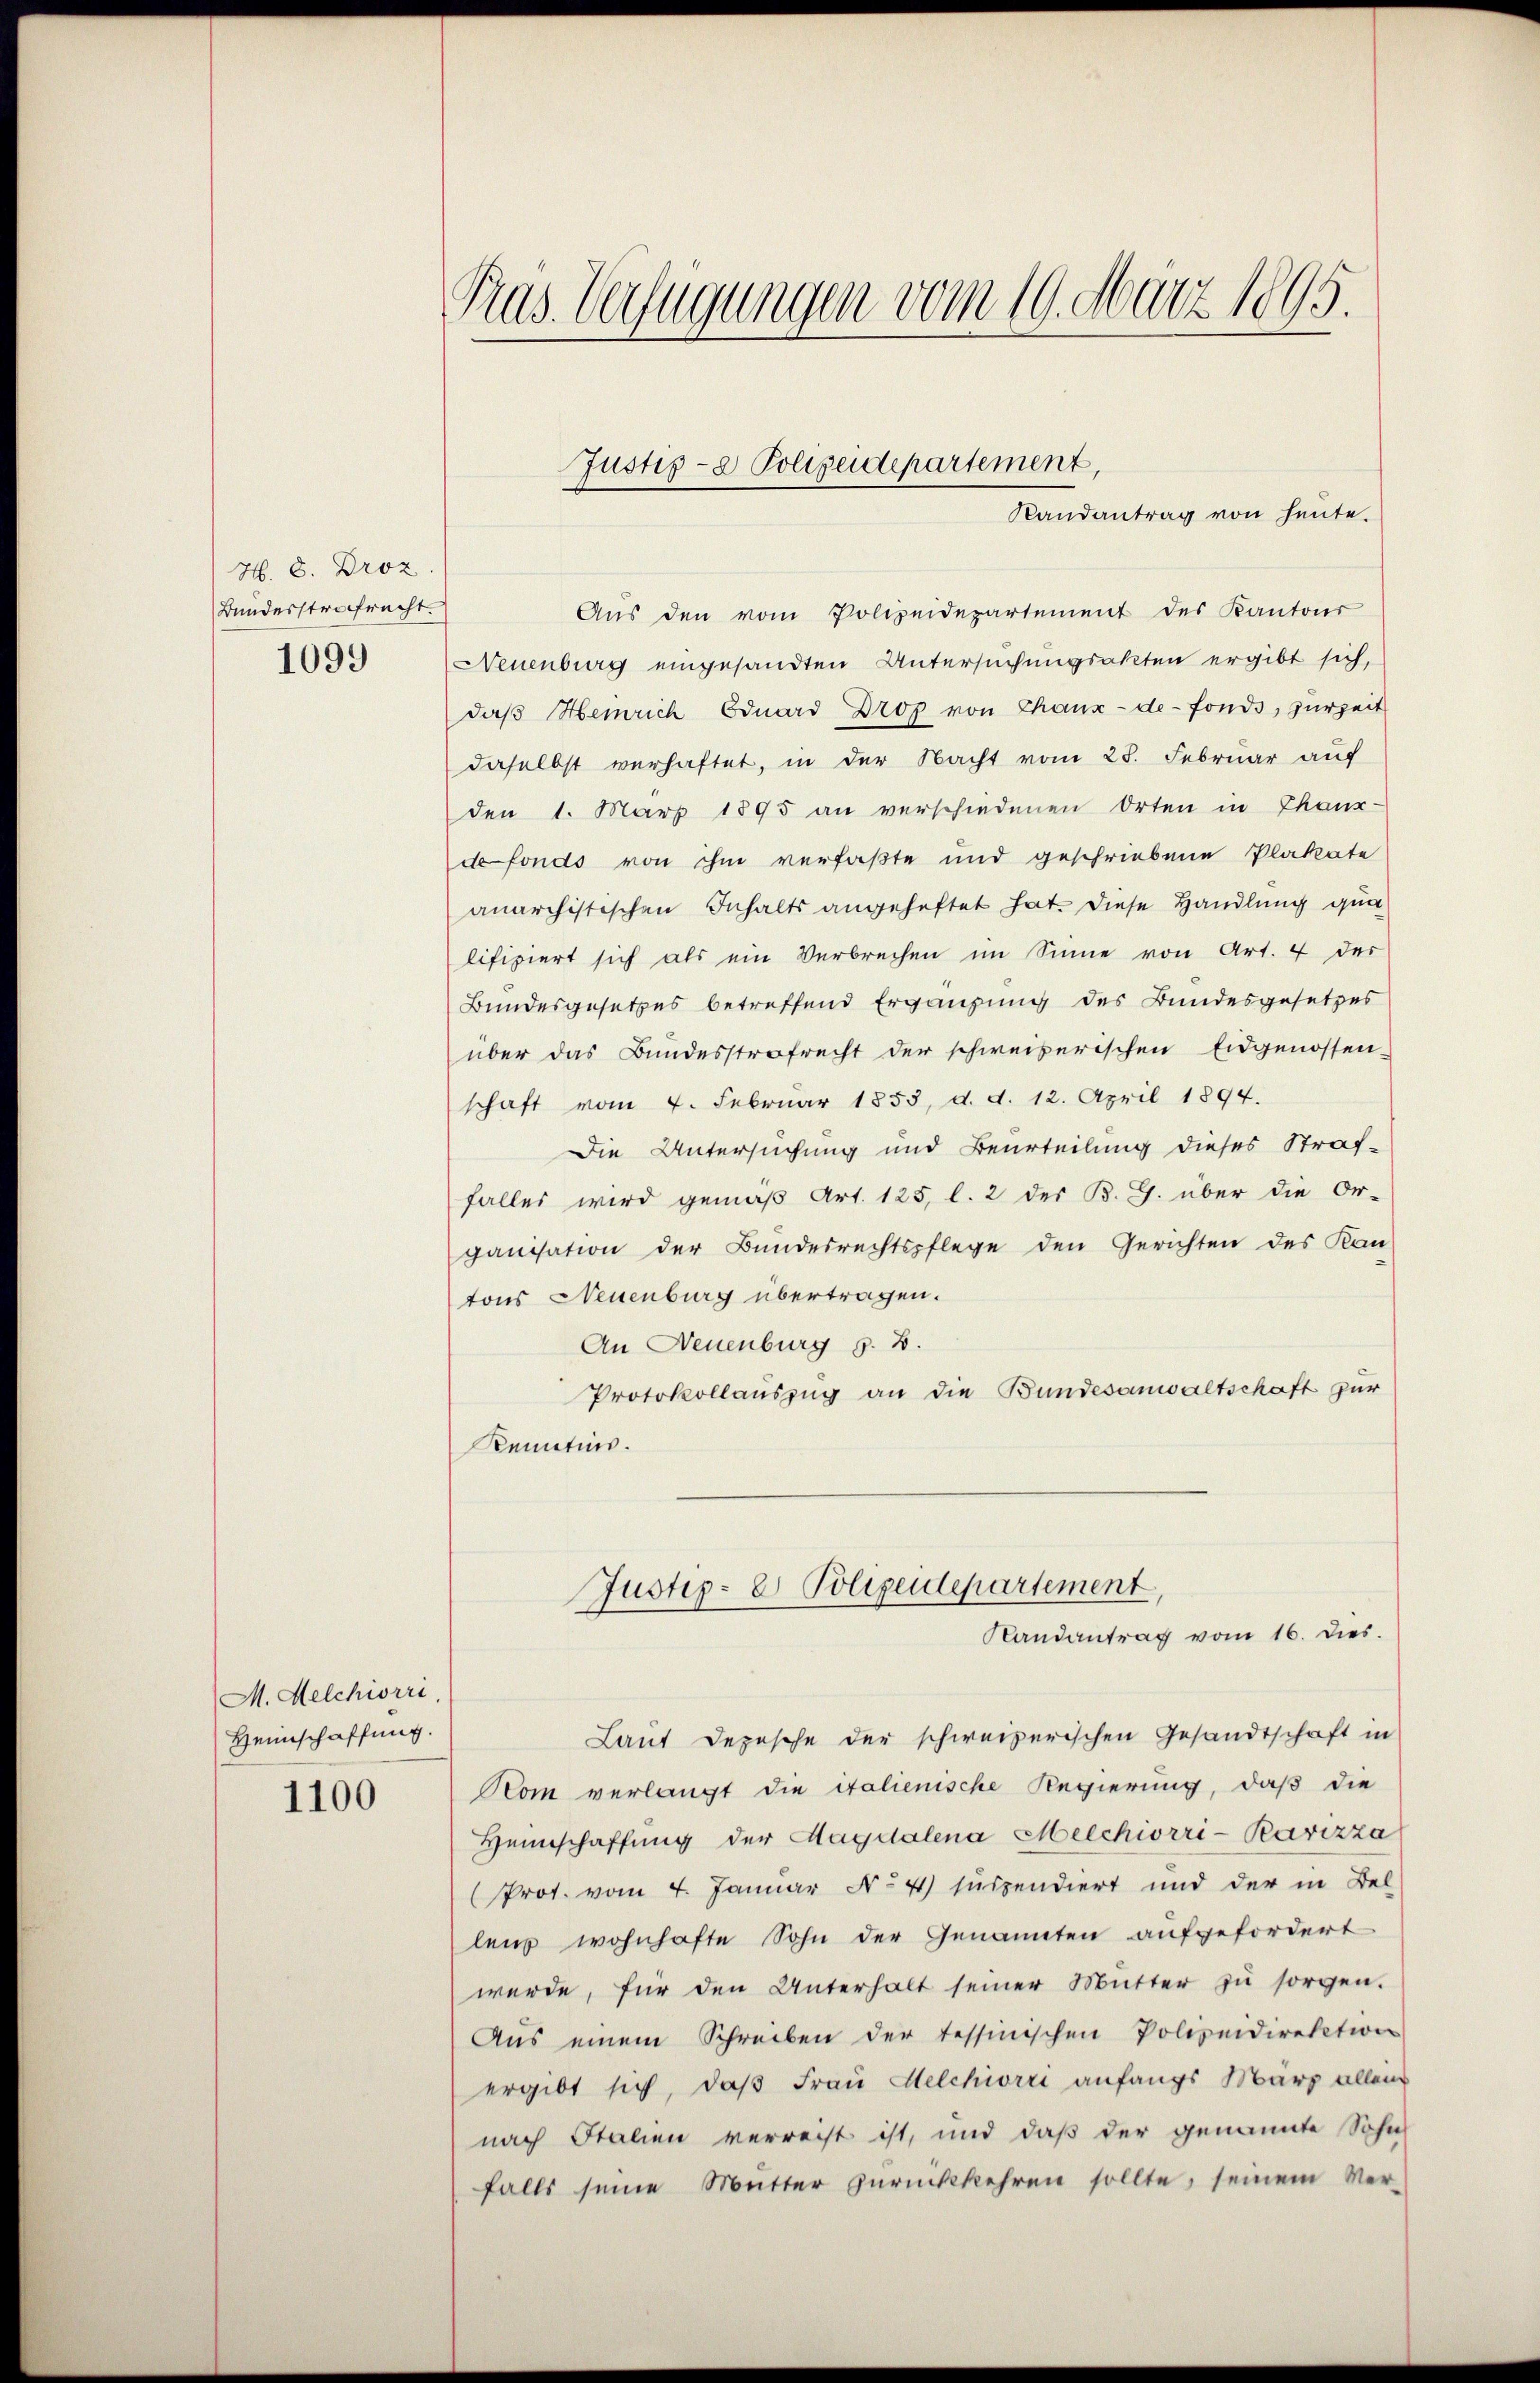
H. 8. Droz
Bunderstrafrecht.
1099

M. Melchiorri
Heimschaffung.

1100

Aŭs den vom Polizeidepartement des Kantons
Neuenburg eingesandten Untersuchungsakten ergibt sich,
daβ Heinrich Eduard Drop von Chaux-de-Fonds, zurzeit
daselbst verhaftet, in der Nacht vom 28. Februar auf
den 1. März 1895 an verschiedenen Orten in Thaux-
de fonds von ihm verfaßte und geschriebene Plakate
anarchistischen Inhalts angeheftet hat. Diese Handlung qua
lifiziert sich als ein Verbrechen im Sinne von Art. 4 der
Bundesgesetzes betreffend Ergänzung des Bundesgesetzes
über das Bundesstrafrecht der schweizerischen Eidgenossen-
schaft vom 4. Februar 1853, d. d. 12. April 1894.
Die Untersuchung und Beurteilung dieses Straf-
falles wird gemäß Art. 125, l. 2 der B. G. über die Or-
ganisation der Bundesrechtspflege den Gerichten des Kan-
tons Neuenburg übertragen.
An Neuenburg z. B.
Protokollauszug an die Bundesanwaltschaft zur
Kenntnis.
Justiz- & Polizeidepartement,
Randantrag vom 16. dies
Laut Depesche der schweizerischen Gesandtschaft in
Kom verlangt die italienische Regierung, daß die
Heimschaffung der Magdalena Melchiorri-Ravizza
(Prot. vom 4. Januar No 4 suspendiert und der in Bel
lens wohnhafte Sohn der Genannten aufgefordert
werde, für den Unterhalt seiner Mŭtter zŭ sorgen.
Aus einem Schreiben der tessinischen Polizeidirektion
ergibt sich, daß Frau Melchiorii anfangs Marz allein
nach Italien verreist ist, und daß der genannte Sohn
falls seine Mutter zŭrückkehren sollte, seinem Ver-

Pras. Verfügungen vom 19. März 1895.

Justiz- & Polizeidepartement,
Randantrag von heute.